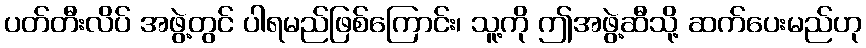
ပတ်တီးလိပ် အဖွဲ့တွင် ပါရမည်ဖြစ်ကြောင်း၊ သူ့ကို ဤအဖွဲ့ဆီသို့ ဆက်ပေးမည်ဟု